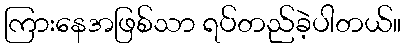
ကြားနေအဖြစ်သာ ရပ်တည်ခဲ့ပါတယ်။